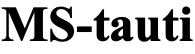
MS-tauti